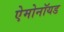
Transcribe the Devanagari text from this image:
ऐमोनॉयड